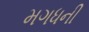
મગધની